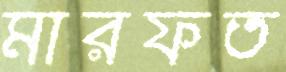
মারফত